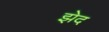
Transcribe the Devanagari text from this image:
झेद